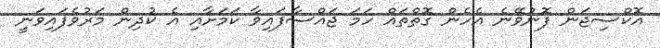
އޮކްސިޖަން ފޮނުވޭނެ އެހެން ގޮތްތައް ހަމަ ޖައްސާފައިވާ ކަމަށާއި އެ ކުދިން މަރުވެފައިވަނީ